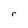
Character: r